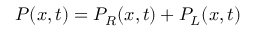
P ( x , t ) = P _ { R } ( x , t ) + P _ { L } ( x , t )